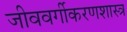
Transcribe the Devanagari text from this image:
जीववर्गीकरणशास्त्र